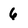
Character: 6